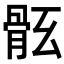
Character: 𩨤